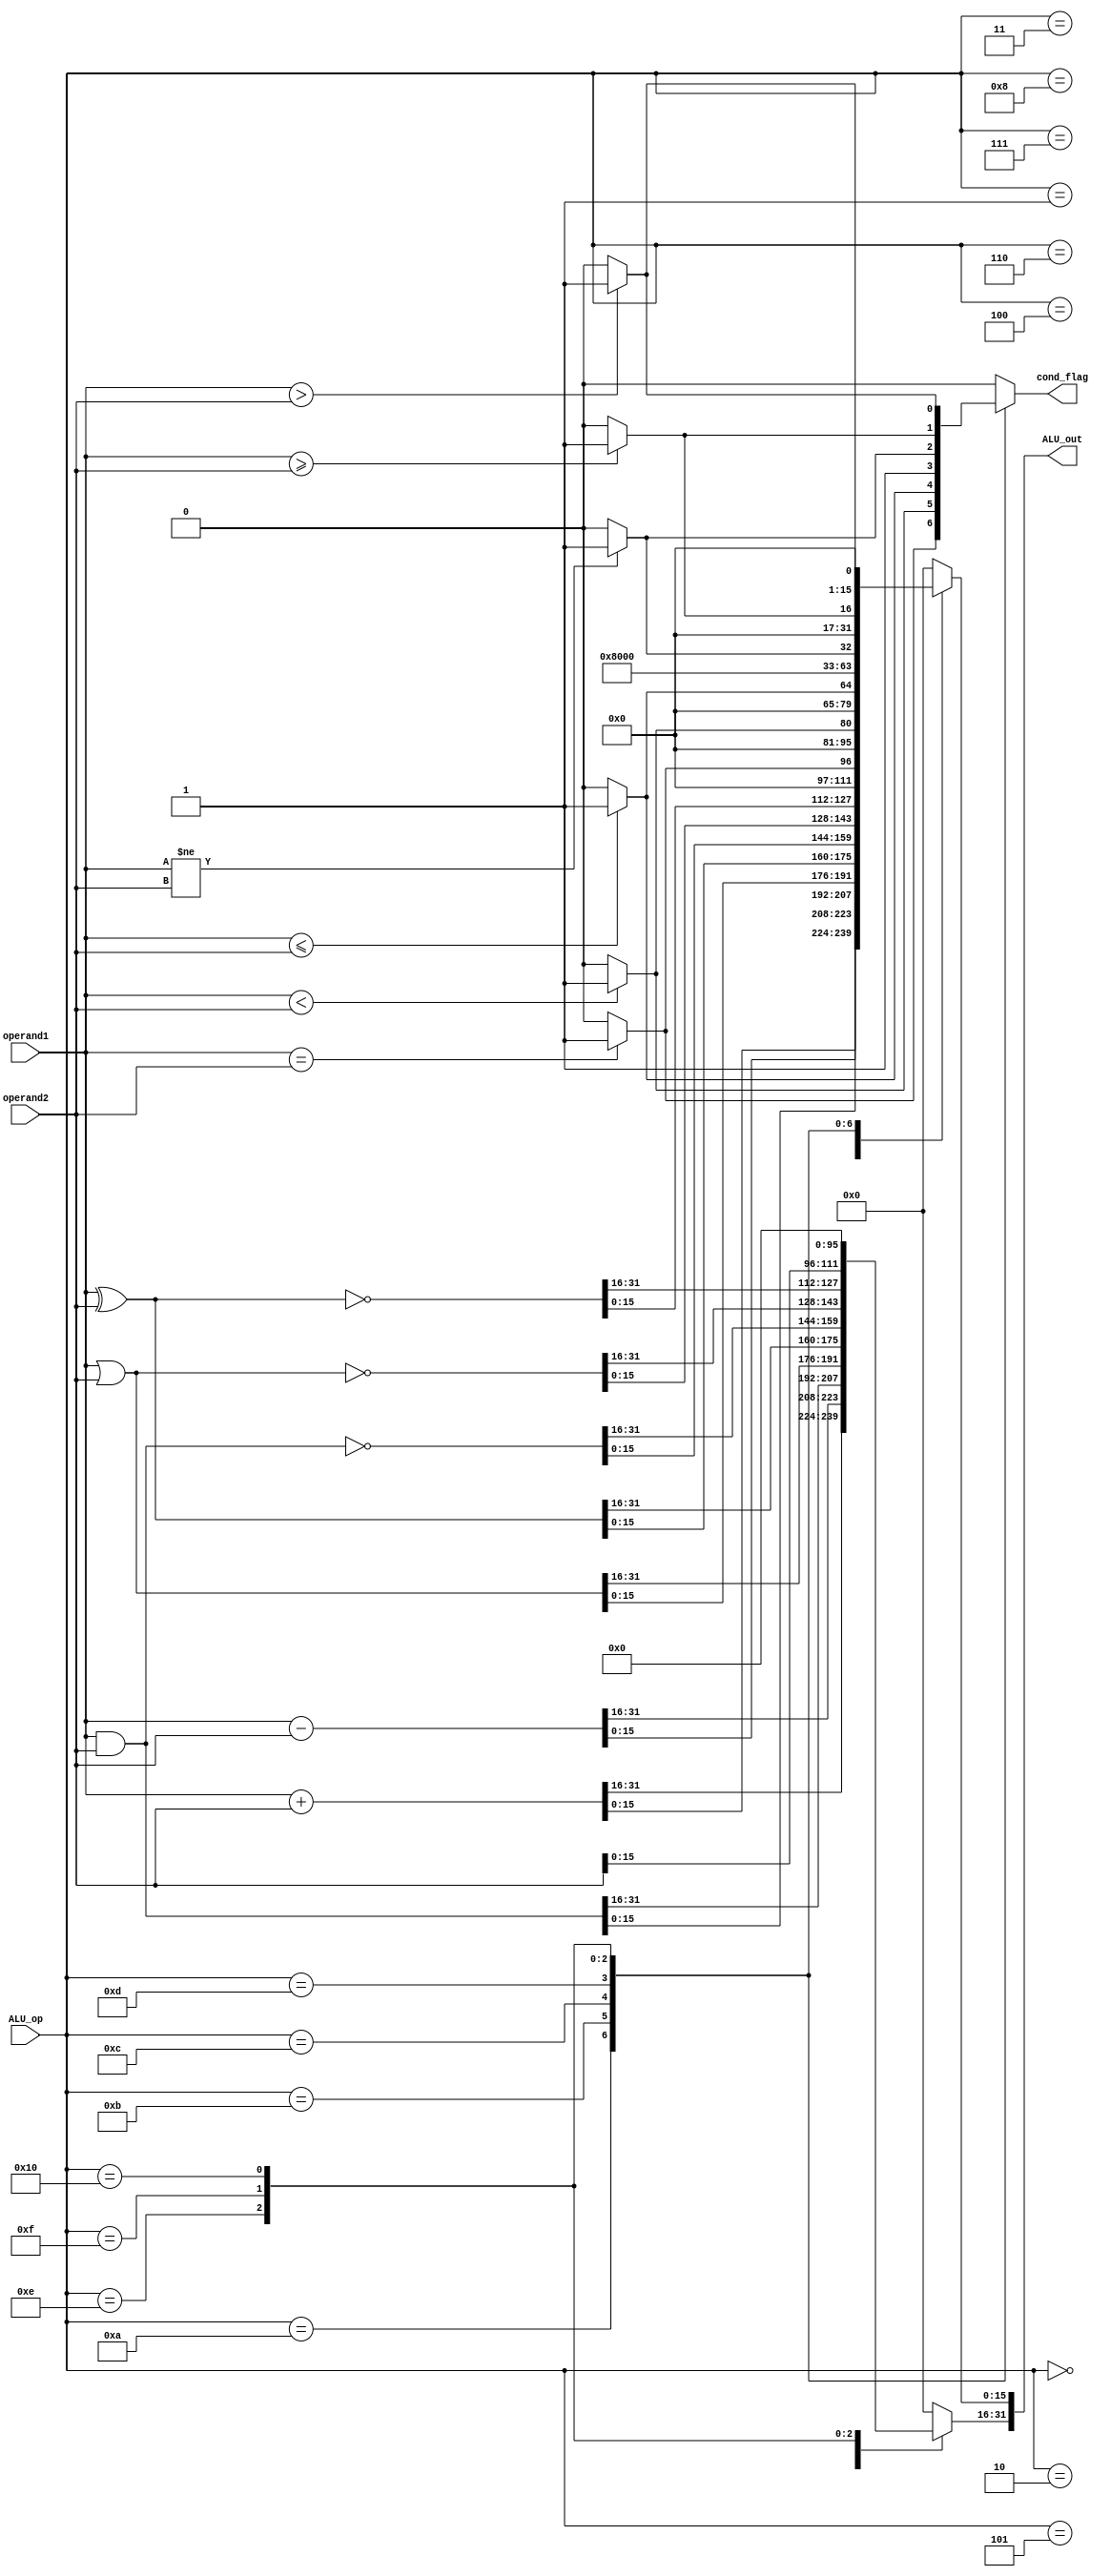
//ALU-R, ALU_I
`define ALU_ADD 	5'b00000 //SW, LW, JAL
`define ALU_SUB 	5'b00001
`define ALU_AND 	5'b00010
`define ALU_OR  	5'b00011
`define ALU_XOR 	5'b00100
`define ALU_NAND 	5'b00101
`define ALU_NOR 	5'b00110
`define ALU_XNOR 	5'b00111

//ALU_I
`define ALU_MVHI 	5'b01000

//CMP_R, CMP_I
`define ALU_F 		5'b01001
`define ALU_EQ 	5'b01010
`define ALU_LT	 	5'b01011
`define ALU_LTE	5'b01100
`define ALU_T	 	5'b01101
`define ALU_NE	 	5'b01110
`define ALU_GTE 	5'b01111
`define ALU_GT 	5'b10000

module ALU(operand1, operand2, ALU_op, ALU_out, cond_flag);
	parameter BIT_WIDTH = 32;
	parameter OP_BITS = 5;
	parameter COND_BITS = 1;

	input signed [BIT_WIDTH - 1 : 0] operand1;
	input signed [BIT_WIDTH - 1 : 0] operand2;
	input [OP_BITS - 1 : 0] ALU_op;

	output signed [BIT_WIDTH - 1 : 0] ALU_out;
	output [COND_BITS - 1 : 0] cond_flag;
	
	reg [BIT_WIDTH - 1 : 0] ALU_out_temp;
	reg [COND_BITS - 1 : 0] cond_flag_temp;

	always @ (*) begin
		ALU_out_temp = 0;
		cond_flag_temp = 0;
		case (ALU_op)
		//ALU-R, ALU-I
			`ALU_ADD: begin
				ALU_out_temp = (operand1 + operand2);
			end

			`ALU_SUB: begin
				ALU_out_temp = (operand1 - operand2);
			end

			`ALU_AND: begin
				ALU_out_temp = (operand1 & operand2);
			end

			`ALU_OR: begin
				ALU_out_temp = (operand1 | operand2);
			end

			`ALU_XOR: begin
				ALU_out_temp = (operand1 ^ operand2);
			end

			`ALU_NAND: begin
				ALU_out_temp = ~(operand1 & operand2);
			end

			`ALU_NOR: begin
				ALU_out_temp = ~(operand1 | operand2);
			end

			`ALU_XNOR: begin
				ALU_out_temp = ~(operand1 ^ operand2);
			end

		//ALU_I
			`ALU_MVHI: begin
				/*
				ALU_out_temp[BIT_WIDTH - 1 : BIT_WIDTH / 2] = operand2[(BIT_WIDTH / 2) - 1 : 0]; //imm high bits
				ALU_out_temp[(BIT_WIDTH / 2) - 1 : 0] = operand1[(BIT_WIDTH / 2) - 1 : 0]; //rd low bits
				*/

				ALU_out_temp[31 : 16] = operand2[15 : 0];
				//ALU_out_temp[15 : 0] = operand1[15 : 0];
			end

		//CMP_R, CMP_I
			`ALU_F: begin
				ALU_out_temp = 0;
				cond_flag_temp = 0;
			end

			`ALU_EQ: begin
				ALU_out_temp = (operand1 == operand2) ? 1 : 0;
				cond_flag_temp = (operand1 == operand2) ? 1 : 0;
			end

			`ALU_LT: begin
				ALU_out_temp = (operand1 < operand2) ? 1 : 0;
				cond_flag_temp = (operand1 < operand2) ? 1 : 0;
			end

			`ALU_LTE: begin
				ALU_out_temp = (operand1 <= operand2) ? 1 : 0;
				cond_flag_temp = (operand1 <= operand2) ? 1 : 0;
			end

			`ALU_T: begin
				ALU_out_temp = 1;
				cond_flag_temp = 1;
			end

			`ALU_NE: begin
				ALU_out_temp = (operand1 != operand2) ? 1 : 0;
				cond_flag_temp = (operand1 != operand2) ? 1 : 0;
			end

			`ALU_GTE: begin
				ALU_out_temp = (operand1 >= operand2) ? 1 : 0;
				cond_flag_temp = (operand1 >= operand2) ? 1 : 0;
			end

			`ALU_GT: begin
				ALU_out_temp = (operand1 > operand2) ? 1 : 0;
				cond_flag_temp = (operand1 > operand2) ? 1 : 0;
			end

			default: begin
				ALU_out_temp = 0;
				cond_flag_temp = 0;
			end
		endcase
	end
	
	assign ALU_out = ALU_out_temp;
	assign cond_flag = cond_flag_temp;
endmodule